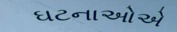
ઘટનાઓએ